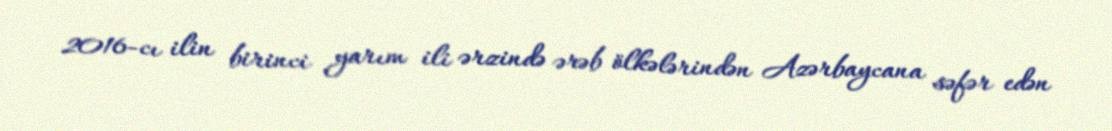
2016-cı ilin birinci yarım ili ərzində ərəb ölkələrindən Azərbaycana səfər edən